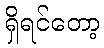
ရှိရင်တော့